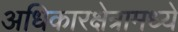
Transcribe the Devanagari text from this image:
अधिकारक्षेत्रामध्ये